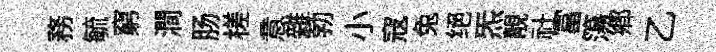
務毓窮澗肠槎意雜勃小寇兔绝炁靚社富簜郷乙